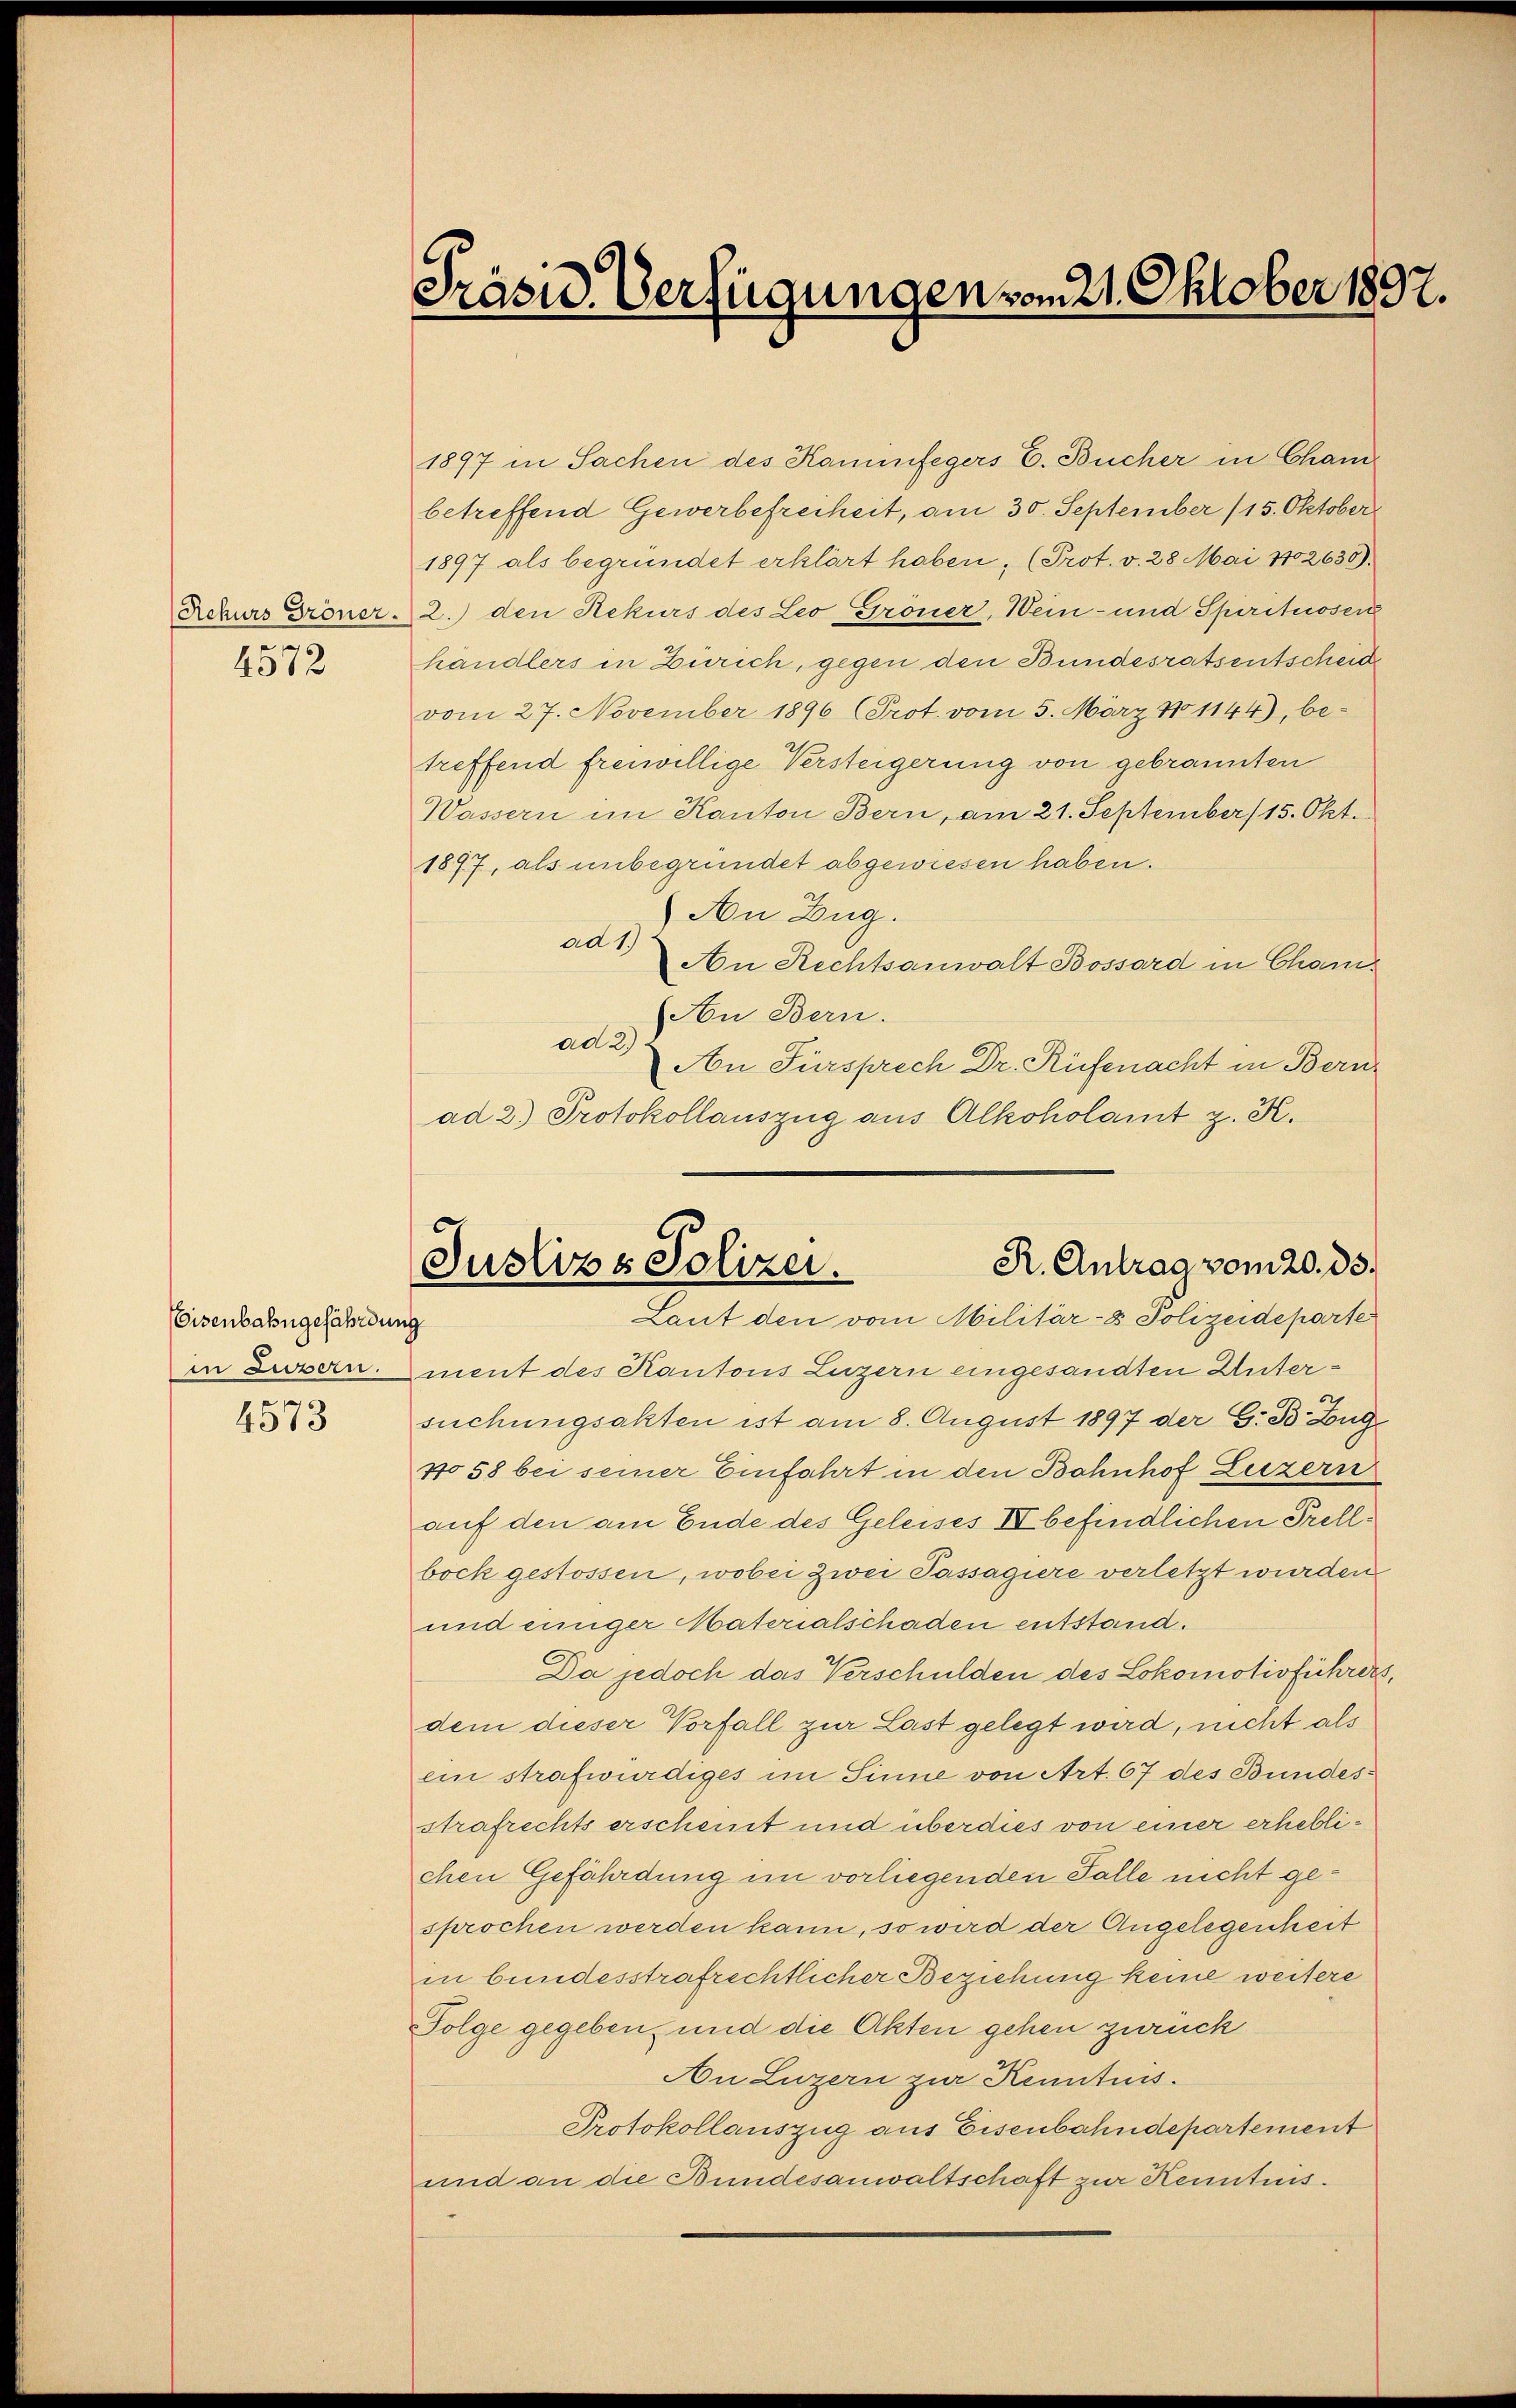
4572

Eisenbahngefährdung
in Luzern.
4573

Präsid. Verfügungen vom 21. Oktober 1897.

R. Antrag vom 20. ds.
Justizs Polizei.
Laut den vom Militär-8 Polizeideparte

1897 in Sachen des Kaminfegers E. Bücher in Cham
betreffend Gewerbefreiheit, am 30. September (15. Oktober
1897 als begründet erklärt haben, (Prot. v. 28 Mai 1702630).
Ackurs Gröner 2.) den Rekurs des Leo Gröner, Wein- und Spirituosen
händlers in Zürich, gegen den Bundesratsentscheid
vom 27. November 1896 (Prot. vom 5. März No 1144), be-
treffend freiwillige Versteigerung von gebrannten
Wassern im Kanton Bern, am 21. September 15. Okt.
1897, als unbegründet abgewiesen haben.
An Zug.
ad 1)
An Rechtsanwalt Bossard in Channe
An Bern.
ad 2.)
An Fürsprech Dr. Rüfenacht in Bern
ad 2.) Protokollauszug aus Alkoholamt z. K.

ment des Kantons Luzern eingesandten Untersuchungsakten ist am 8. August 1897 der G. B. Zug
No 58 bei seiner Einfahrt in den Bahnhof Luzern
auf den am Ende des Geleises IV befindlichen Prellbock gestossen, wobei zwei Passagiere verletzt wurden
und einiger Materialschaden entstand.
Da jedoch das Verschulden des Lokomotivführers,
dem dieser Vorfall zur Last gelegt wird, nicht als
ein strafwürdiges im Sinne von Art. 67 des Bundes-
strafrechts erscheint und überdies von einer erheblichen Gefährdung im vorliegenden Falle nicht gesprochen werden kann, so wird der Angelegenheit
in bundesstrafrechtlicher Beziehung keine weitere
Folge gegeben, und die Akten gehen zurück
An Luzern zur Kenntnis.
Protokollauszug aus Eisenbahndepartement
und an die Bundesanwaltschaft zur Kenntnis.